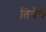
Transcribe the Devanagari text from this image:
तिचेचे